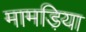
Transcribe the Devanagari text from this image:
मामड़िया